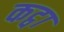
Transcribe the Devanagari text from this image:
कट्वा